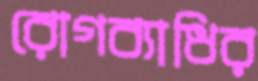
রোগব্যাধির